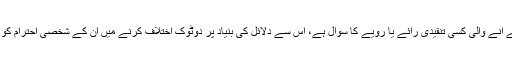
لیکن جہاں تک ان کی (یا کسی اور فرد کی) تحریروں میں سامنے آنے والی کسی تنقیدی رائے یا رویے کا سوال ہے، اس سے دلائل کی بنیاد پر دوٹوک اختلاف کرنے میں ان کے شخصی احترام کو نہ تو حائل ہونا چاہیے اور نہ اس اختلاف سے متاثر ہونا چاہیے۔